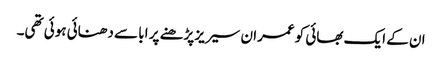
ان کے ایک بھائی کو عمران سیریز پڑھنے پر ابا سے دھنائی ہوئی تھی۔